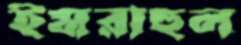
ইমরাহুল